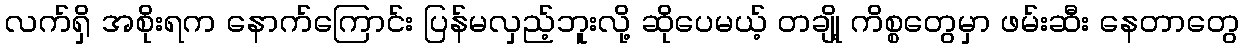
လက်ရှိ အစိုးရက နောက်ကြောင်း ပြန်မလှည့်ဘူးလို့ ဆိုပေမယ့် တချို့ ကိစ္စတွေမှာ ဖမ်းဆီး နေတာတွေ